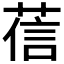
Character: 𦴩